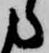
ら